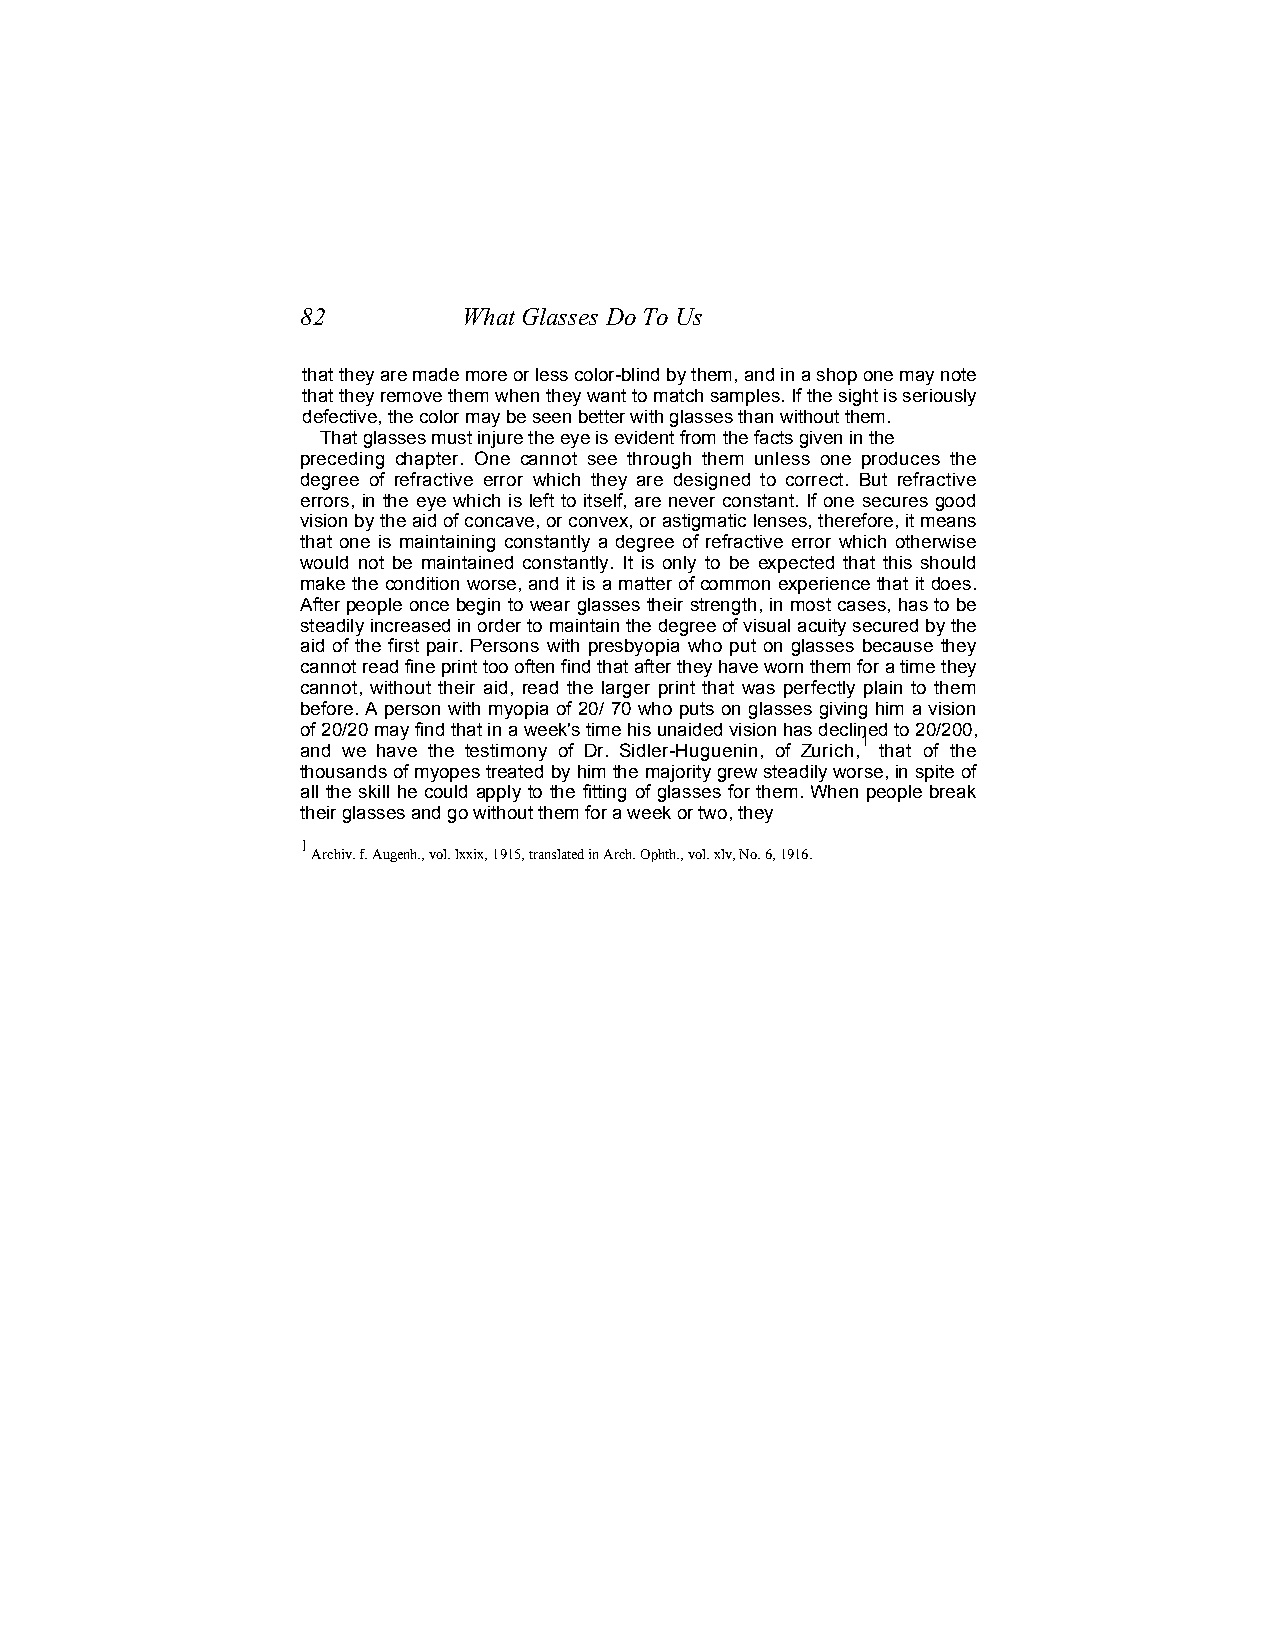
82         What Glasses Do To Us
 that they are made more or less color-blind by them, and in a shop one may note
 that they remove them when they want to match samples. If the sight is seriously
 defective, the color may be seen better with glasses than without them.
 That glasses must injure the eye is evident from the facts given in the
 preceding chapter. One cannot see through them unless one produces the
 degree of refractive error which they are designed to correct. But refractive
 errors, in the eye which is left to itself, are never constant. If one secures good
 vision by the aid of concave, or convex, or astigmatic lenses, therefore, it means
 that one is maintaining constantly a degree of refractive error which otherwise
 would not be maintained constantly. It is only to be expected that this should
 make the condition worse, and it is a matter of common experience that it does.
 After people once begin to wear glasses their strength, in most cases, has to be
 steadily increased in order to maintain the degree of visual acuity secured by the
 aid of the first pair. Persons with presbyopia who put on glasses because they
 cannot read fine print too often find that after they have worn them for a time they
 cannot, without their aid, read the larger print that was perfectly plain to them
 before. A person with myopia of 20/ 70 who puts on glasses giving him a vision
 of 20/20 may find that in a week's time his unaided vision has declined to 20/200,
 1
 and we have the testimony of Dr. Sidler-Huguenin, of Zurich, that of the
 thousands of myopes treated by him the majority grew steadily worse, in spite of
 all the skill he could apply to the fitting of glasses for them. When people break
 their glasses and go without them for a week or two, they
 1
 Archiv. f. Augenh., vol. lxxix, 1915, translated in Arch. Ophth., vol. xlv, No. 6, 1916.